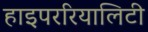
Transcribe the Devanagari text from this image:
हाइपररियालिटी